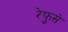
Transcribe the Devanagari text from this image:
रेफुसे